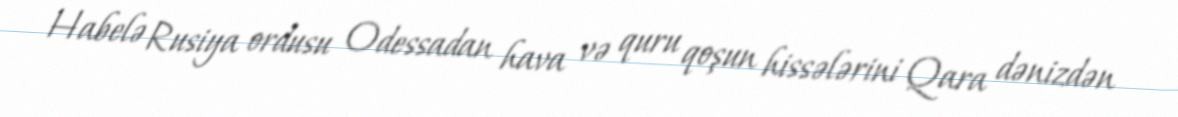
Habelə Rusiya ordusu Odessadan hava və quru qoşun hissələrini Qara dənizdən